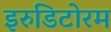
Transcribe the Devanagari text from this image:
इरुडिटोरम